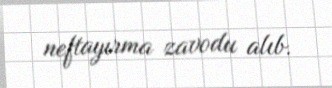
neftayırma zavodu alıb.